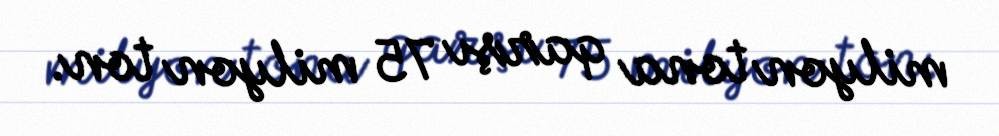
milyon tona qarşı 75 milyon ton.